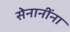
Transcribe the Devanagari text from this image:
सेनानींना